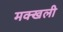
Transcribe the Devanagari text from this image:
मक्खली